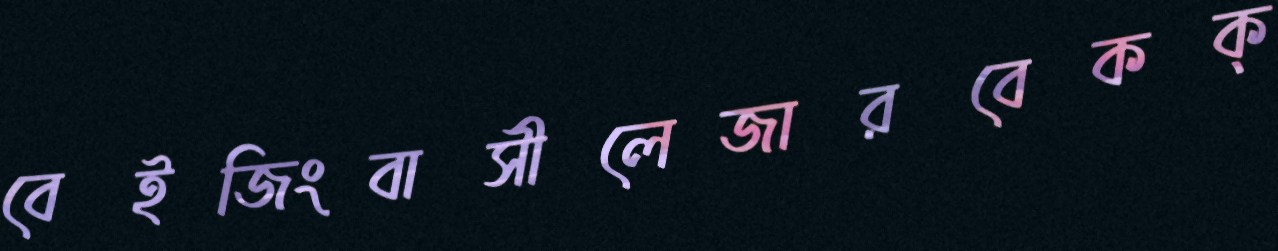
বেইজিংবাসীলেজারবেকক্